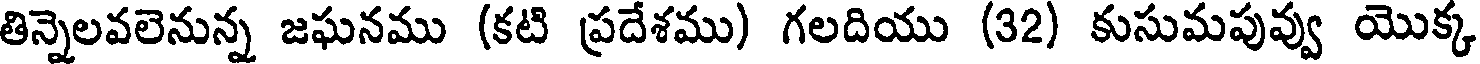
తిన్నెలవలెనున్న జఘనము (కటి ప్రదేశము) గలదియు (32) కుసుమపువ్వు యొక్క